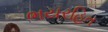
ભયરહિત